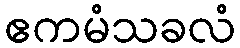
ဧကမံသခလံ